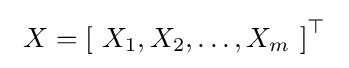
\ X=\left[\ X_{1},X_{2},\ldots ,X_{m}\ \right]^{\top }\